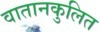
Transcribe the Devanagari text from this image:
वातानकुलित